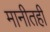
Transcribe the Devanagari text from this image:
मानीतही